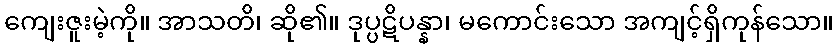
ကျေးဇူးမဲ့ကို။ အာသတိ၊ ဆို၏။ ဒုပ္ပဋိပန္နာ၊ မကောင်းသော အကျင့်ရှိကုန်သော။